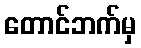
တောင်ဘက်မှ